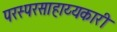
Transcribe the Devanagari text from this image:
परस्परसाहाय्यकारी